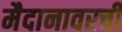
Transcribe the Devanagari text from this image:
मैदानावरची